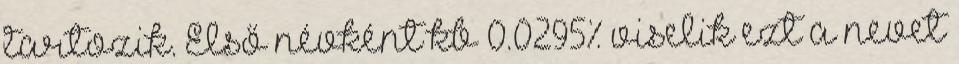
tartozik. Első névként kb 0.0295% viselik ezt a nevet